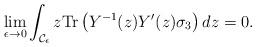
LaTeX: \begin{align*}\lim_{\epsilon \to 0} \int_{\mathcal{C}_{\epsilon}} z \mathrm{Tr}\left({Y}^{-1}(z){Y}^{\prime}(z)\sigma_3 \right)dz = 0.\end{align*}